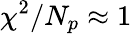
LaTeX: \chi^{2}/N_{p}\approx 1